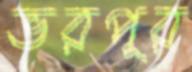
ভরপূর